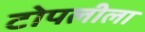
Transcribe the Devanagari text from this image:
टोपलीला